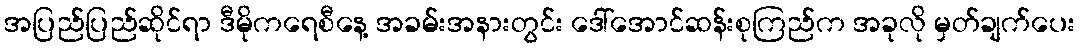
အပြည်ပြည်ဆိုင်ရာ ဒီမိုကရေစီနေ့ အခမ်းအနားတွင်း ဒေါ်အောင်ဆန်းစုကြည်က အခုလို မှတ်ချက်ပေး